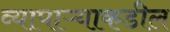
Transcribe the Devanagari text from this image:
व्यापाऱ्याकडील